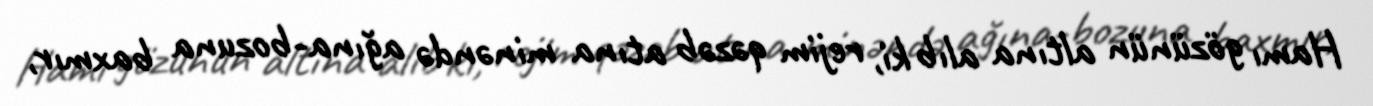
Hamı gözünün altına alıb ki, rejim qəzəb atına minəndə ağına-bozuna baxmır,